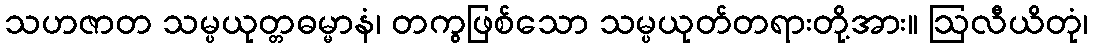
သဟဇာတ သမ္ပယုတ္တဓမ္မာနံ၊ တကွဖြစ်သော သမ္ပယုတ်တရားတို့အား။ ဩလီယိတုံ၊